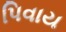
પિવાય